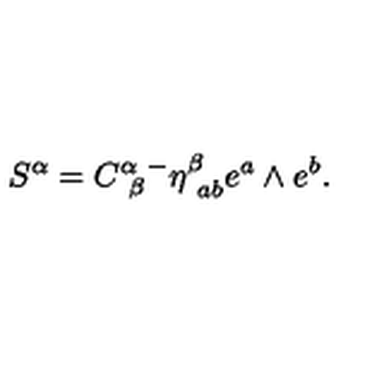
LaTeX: S ^ { \alpha } = C _ { \ \beta } ^ { \alpha } { } ^ { - } \eta _ { \ a b } ^ { \beta } e ^ { a } \wedge e ^ { b } . \label M